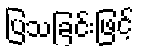
ပြသခြင်းဖြင့်